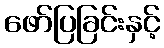
ဖော်ပြခြင်းနှင့်